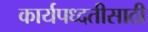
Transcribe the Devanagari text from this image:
कार्यपध्दतीसाठी